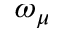
\omega _ { \mu }